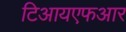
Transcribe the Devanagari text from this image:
टिआयएफआर